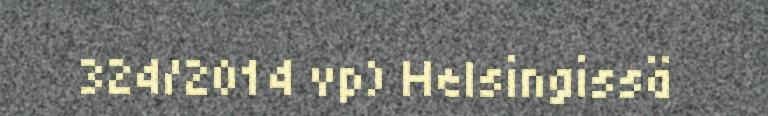
324/2014 vp) Helsingissä